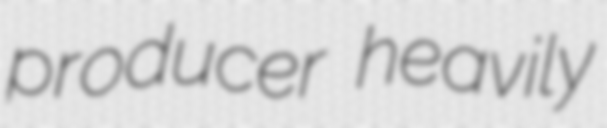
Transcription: producer heavily